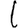
Digit: 1